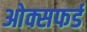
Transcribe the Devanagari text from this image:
ओक्सफर्ड